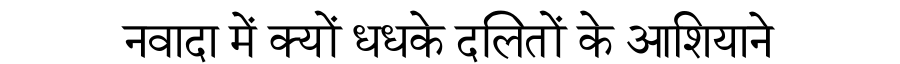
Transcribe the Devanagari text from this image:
नवादा में क्यों धधके दलितों के आशियाने